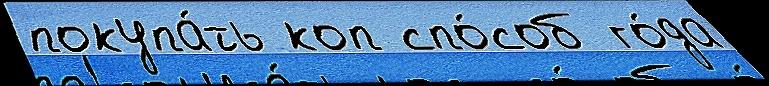
покупа́ть коп спо́соб го́да